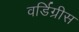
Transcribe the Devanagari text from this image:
वर्डिग्रीस